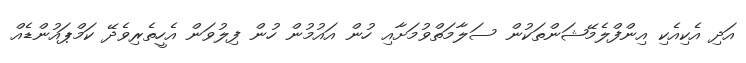
އަދި އެކިއެކި އިންފްލެމޭޝަންތަކުން ސަލާމަތްވުމަށާއި ހުން އައުމުން ހުން ފިލުވަން އެހީތެރިވެދޭ ކަމްޕައުންޑެއް